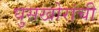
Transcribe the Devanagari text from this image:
घुसखोरांची